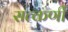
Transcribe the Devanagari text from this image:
सत्कर्णी